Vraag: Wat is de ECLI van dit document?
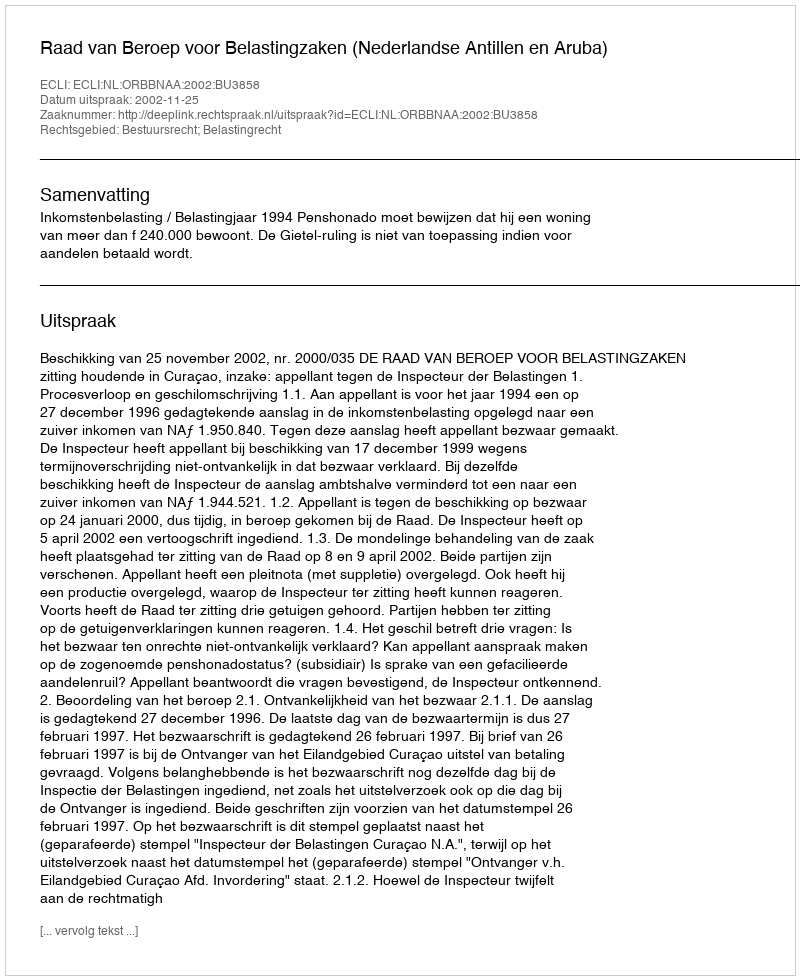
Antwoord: ECLI:NL:ORBBNAA:2002:BU3858